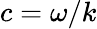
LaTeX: c=\omega/k